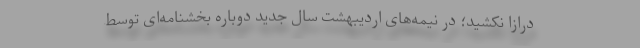
درازا نکشید؛ در نیمه‌های اردیبهشت سال جدید دوباره بخشنامه‌ای توسط